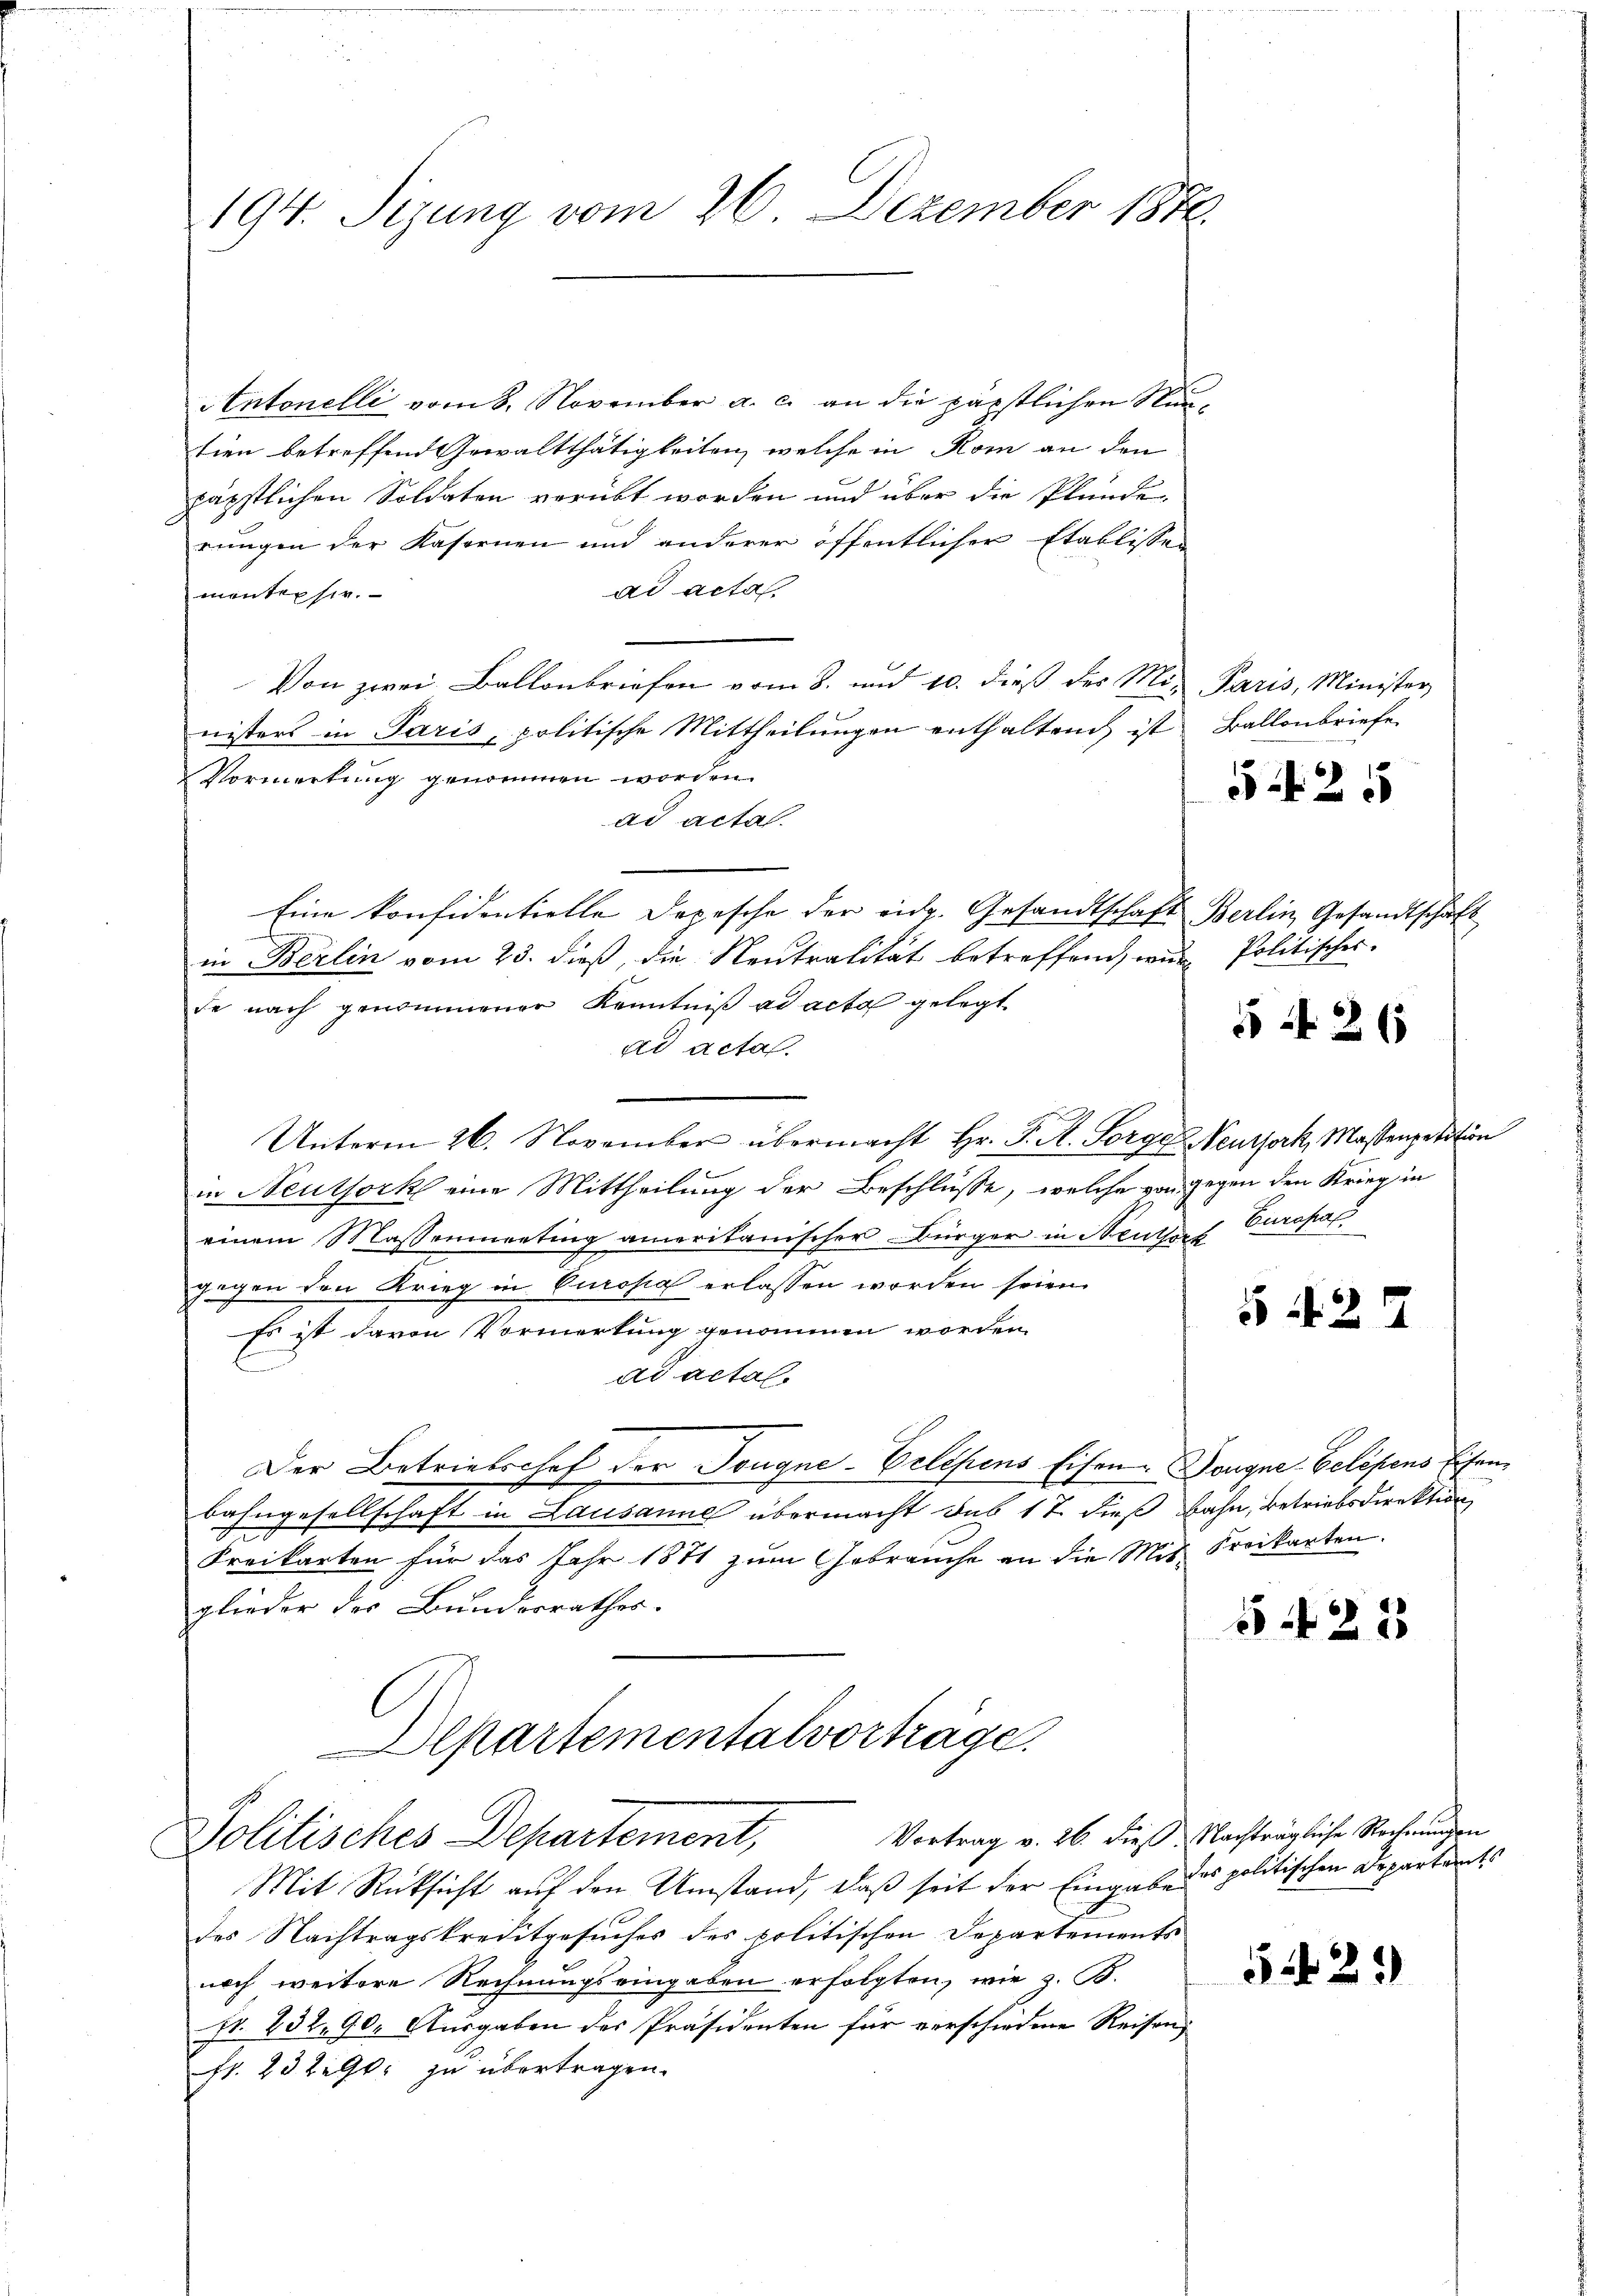
194. Sizung vom 26. Dezember 1876.

Antonelli vom 8. November a. c. an die päpstlichen Numtien betreffend Gewaltthätigkeiten, welche in Rom an den
päpstlichen Soldaten verübt worden und über die Plunde
rungen der Kasernen und anderer öffentlicher Etablissen
ad acta
mentepser.
Von zwei Ballonbriefen vom 8. und 10. dieß der M. Paris, Minister
nisters in Paris, politische Mittheilungen enthaltend ist
Vormerkung genommen worden.
ad acta
Eine konfidentielle Depesche der eidg. Gesandtschaft Berlin, Gesandtschaft
in Berlin vom 25. dieß, die Neutralität betreffend, wie Politisches
de nach genommener Kenntniß ad acta gelegt.
ad acta
Unterm 26. November übermacht Hr. P. A. Sorge Neursork, Massenpetition
in Neuthork eine Mittheilung der Beschlüsse, welche von gegen den Krieg in
einem Massenmanting ameritanischer Bürger in Neuthor Europas
gegen den Krieg in Europa erlassen worden seien.
Es ist davon Vormerkung genommen worden.
ad actal.
Der Betriebschof der Sougne-Celesens Eisen. Dougne-Celesens Eisenbahngesellschaft in Lausanne übermacht sub 17 dieß Bahn, betriebsdirektion
Freikarten für das Jahr 1871 zum Gebrauche an die Mit Kreikarten.
glieder der Bundesrathes.
Departementalvorträge.

Politisches Departement,

Ballonbriefe.

Mit Rücksicht auf den Umstand, daß seit der Eingabe des politischen Departeit
des Nachtragskreditgesuches des politischen Departements
noch weitere Rechnungseingaben erfolgten, wie z. B.
fr. 432. 90. Ausgaben des Präsidenten für verschiedene Reisen
fr. 23 litt. zu übertragen.

525

5 f 26

5427

55 f 22

Vortrag v. 26. dieß Nachträgliche Rechnungen

51425